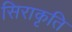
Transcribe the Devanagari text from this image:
सिराकृति